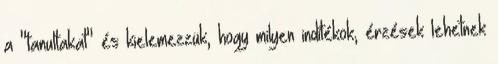
a "tanultakat" és kielemezzük, hogy milyen indítékok, érzések lehetnek